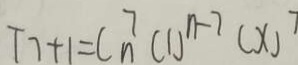
T 7 + 1 = C _ { n } ^ { 7 } ( 1 ) ^ { n - 7 } ( x ) ^ { 7 }